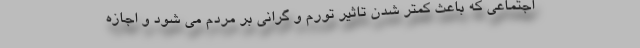
اجتماعی که باعث کمتر شدن تاثیر تورم و گرانی بر مردم می شود و اجازه